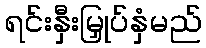
ရင်းနှီးမြှုပ်နှံမည်